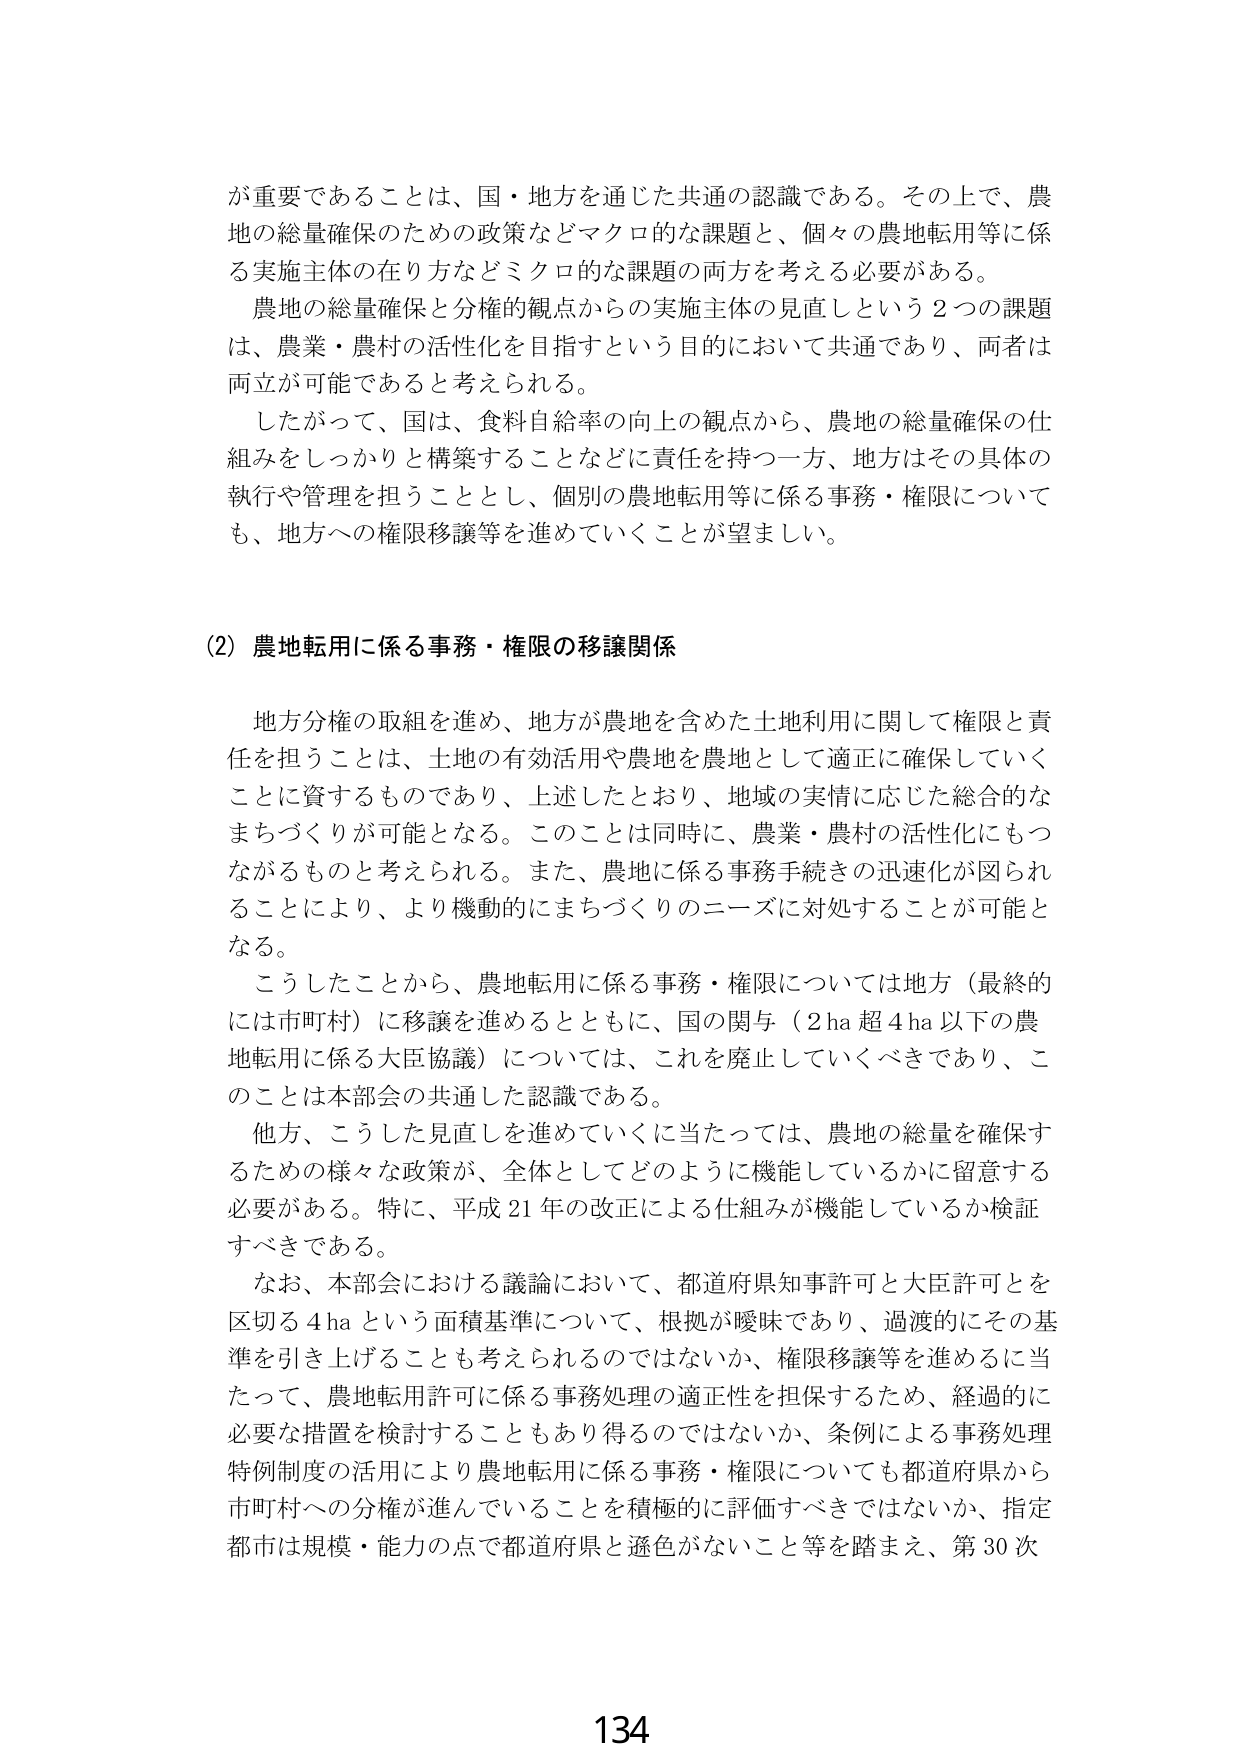
が重要であることは、国・地方を通じた共通の認識である。その上で、農地の総量確保のための政策などマクロ的な課題と、個々の農地転用等に係る実施主体の在り方などミクロ的な課題の両方を考える必要がある。

農地の総量確保と分権的観点からの実施主体の見直しという２つの課題は、農業・農村の活性化を目指すという目的において共通であり、両者は両立が可能であると考えられる。

したがって、国は、食料自給率の向上の観点から、農地の総量確保の仕組みをしっかりと構築することなどに責任を持つ一方、地方はその具体的執行や管理を担うこととし、個別の農地転用等に係る事務・権限についても、地方への権限移譲等を進めていくことが望ましい。

(2) 農地転用に係る事務・権限の移譲関係

地方分権の取組を進め、地方が農地を含めた土地利用に関して権限と責任を担うことは、土地の有効活用や農地を農地として適正に確保していくことに資するものであり、上述したとおり、地域の実情に応じた総合的なまちづくりが可能となる。このことは同時に、農業・農村の活性化にもつながるものと考えられる。また、農地に係る事務手続きの迅速化が図られることにより、より機動的にまちづくりのニーズに対処することが可能となる。

こうしたことから、農地転用に係る事務・権限については地方（最終的には市町村）に移譲を進めるとともに、国の関与（2ha超4ha以下の農地転用に係る大臣協議）については、これを廃止していくべきであり、このことは本部会の共通した認識である。

他方、こうした見直しを進めていくに当たっては、農地の総量を確保するための様々な政策が、全体としてどのように機能しているかに留意する必要がある。特に、平成21年の改正による仕組みが機能しているか検証すべきである。

なお、本部会における議論において、都道府県知事許可と大臣許可を区切る4haという面積基準について、根拠が曖昧であり、過渡的にその基準を引き上げることも考えられるのではないか、権限移譲等を進めるに当たって、農地転用許可に係る事務処理の適正性を担保するため、経過的に必要な措置を検討することもあり得るのではないか、条例による事務処理特例制度の活用により農地転用に係る事務・権限についても都道府県から市町村への分権が進んでいることを積極的に評価すべきではないか、指定都市は規模・能力の点で都道府県と遜色がないこと等を踏まえ、第30次

134